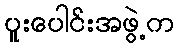
ပူးပေါင်းအဖွဲ့က